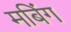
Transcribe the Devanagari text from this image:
मबिंग